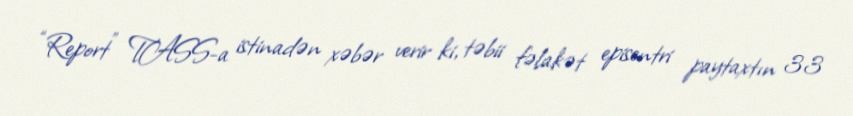
“Report” TASS-a istinadən xəbər verir ki, təbii fəlakət episentri paytaxtın 33